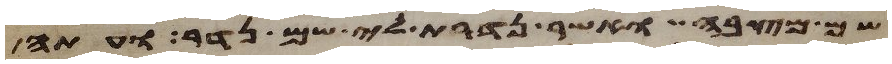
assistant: שם מצבה ואשר נדרת לי שם נדר ועתה